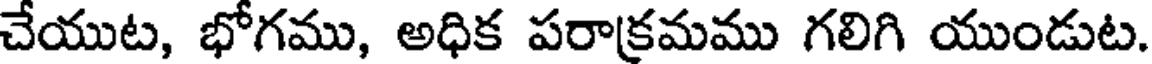
చేయుట, భోగము, అధిక పరాక్రమము గలిగి యుండుట.